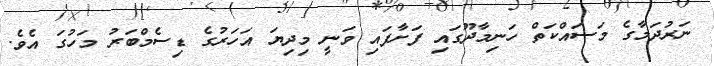
ނަރުދަމާގެ މަސައްކަތް ހަނިމާދޫގައި ފަށާފައި ވަނީ މިދިޔަ އަހަރުގެ ޑިސެމްބަރު މަހުގަ އެވެ.